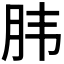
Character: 𮶔